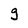
Character: g